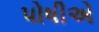
પોષીએ